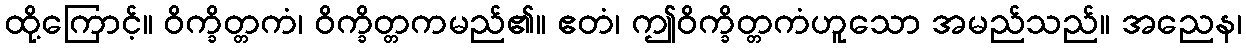
ထို့ကြောင့်။ ဝိက္ခိတ္တကံ၊ ဝိက္ခိတ္တကမည်၏။ ဧတံ၊ ဤဝိက္ခိတ္တကံဟူသော အမည်သည်။ အညေန၊